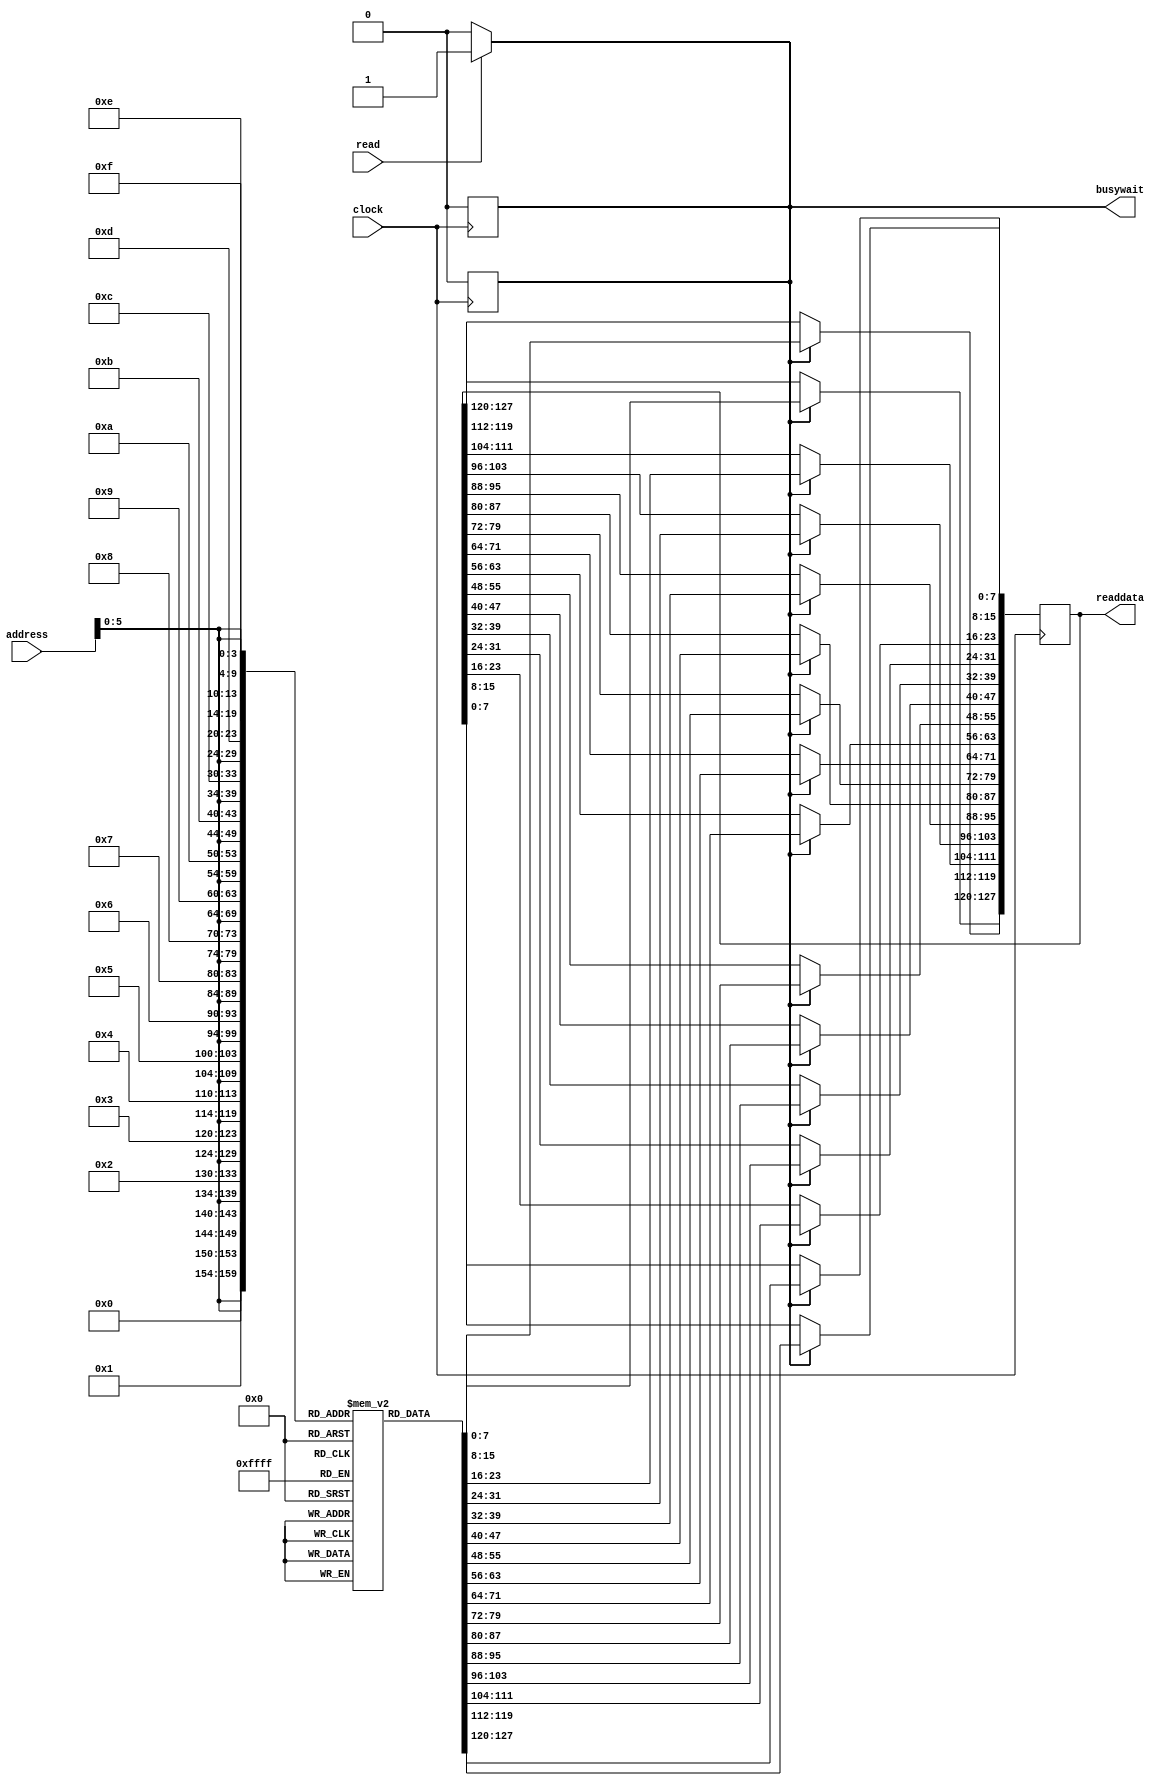
`timescale 1ns/100ps 
module instruction_memory(
    clock,
    read,
    address,
    readdata,
    busywait
);
input               clock;
input               read;
input[27:0]          address;
output reg [127:0]  readdata;
output reg          busywait;

reg readaccess;

//Declare memory array 1024x8-bits 
reg [7:0] memory_array [1023:0];

//Initialize instruction memory
initial
begin

	//$readmemb("../ASSEMBLER/test.s.machine", memory_array);
    busywait = 0;
    readaccess = 0;

    // Sample program given below. You may hardcode your software program here, or load it from a file:
	/*
    {memory_array[10'd3],  memory_array[10'd2],  memory_array[10'd1],  memory_array[10'd0]}  = 32'b00000000101000001000000010010011; 
    {memory_array[10'd7],  memory_array[10'd6],  memory_array[10'd5],  memory_array[10'd4]}  = 32'b00000000111100000000000100010011; 
    {memory_array[10'd11], memory_array[10'd10], memory_array[10'd9],  memory_array[10'd8]}  = 32'b00000001010000000110000110010011; 
    {memory_array[10'd15], memory_array[10'd14], memory_array[10'd13], memory_array[10'd12]} = 32'b00000001100100000000001000010011;
    {memory_array[10'd19], memory_array[10'd18], memory_array[10'd17], memory_array[10'd16]} = 32'b00000000010100000000001010010011; 
    {memory_array[10'd23], memory_array[10'd22], memory_array[10'd21], memory_array[10'd20]} = 32'b00000000001000001000001100110011; 
    {memory_array[10'd27], memory_array[10'd26], memory_array[10'd25], memory_array[10'd24]} = 32'b00000000001100001001001110110011; 
    {memory_array[10'd31], memory_array[10'd30], memory_array[10'd29], memory_array[10'd28]} = 32'b00000000010000000010000000100011; 
	{memory_array[10'd35], memory_array[10'd34], memory_array[10'd33], memory_array[10'd32]} = 32'b01110110010100001000001110110011; 
	{memory_array[10'd39], memory_array[10'd38], memory_array[10'd37], memory_array[10'd36]} = 32'b00000000000000000010001010000011; 
	*/
	/*
	This Instruction set 1 for testing
	No Dta hazzard in this Instruction set there fore no NOPs added
	addi x1 x1 10
	addi x2 x0 15
	ori x3 x0 20
	addi x4 x0 25
	addi x5 x0 5
	add x6 x1 x2
	sll x7 x1 x3
	sw x4 0(x0)
	mul x7 x1 x5
	lw x5 0(x0) 
	*/
	/*{memory_array[10'd3],  memory_array[10'd2],  memory_array[10'd1],  memory_array[10'd0]}  = 32'b00000000101000000000000010010011; 
    {memory_array[10'd7],  memory_array[10'd6],  memory_array[10'd5],  memory_array[10'd4]}  = 32'b00000000101000000110000100010011; 
    {memory_array[10'd11], memory_array[10'd10], memory_array[10'd9],  memory_array[10'd8]}  = 32'b00000000000000000000000000010011; 
    {memory_array[10'd15], memory_array[10'd14], memory_array[10'd13], memory_array[10'd12]} = 32'b00000000000000000000000000010011;
    {memory_array[10'd19], memory_array[10'd18], memory_array[10'd17], memory_array[10'd16]} = 32'b00000000001000001000000110110011; 
    {memory_array[10'd23], memory_array[10'd22], memory_array[10'd21], memory_array[10'd20]} = 32'b00000000001100010001000010010011; 
    {memory_array[10'd27], memory_array[10'd26], memory_array[10'd25], memory_array[10'd24]} = 32'b00000000000000000000000000010011; 
    {memory_array[10'd31], memory_array[10'd30], memory_array[10'd29], memory_array[10'd28]} = 32'b00000000000000000000000000010011; 
	{memory_array[10'd35], memory_array[10'd34], memory_array[10'd33], memory_array[10'd32]} = 32'b01000001111000001000001010110011; 
	{memory_array[10'd39], memory_array[10'd38], memory_array[10'd37], memory_array[10'd36]} = 32'b00000011110000010010000100000011;
	{memory_array[10'd39], memory_array[10'd38], memory_array[10'd37], memory_array[10'd36]} = 32'b00000010001100011010111000100011; 
	{memory_array[10'd39], memory_array[10'd38], memory_array[10'd37], memory_array[10'd36]} = 32'b00000000000000000000000000010011; 
	{memory_array[10'd39], memory_array[10'd38], memory_array[10'd37], memory_array[10'd36]} = 32'b01000000001000001000001000110011; 
	*/
	/*
	addi x1 x0 10
	ori x2 x0 5
	add x3 x1 x2
	slli x1 x2 3
	sub x5 x1 x30
	lw x2 60(x2)
	sw x3 60(x3)
	sub x4 x1 x2
	*/
	{memory_array[10'd3],  memory_array[10'd2],  memory_array[10'd1],  memory_array[10'd0]}  = 32'b00000000010100000000000010010011; 
    {memory_array[10'd7],  memory_array[10'd6],  memory_array[10'd5],  memory_array[10'd4]}  = 32'b00000000010100000110000100010011; 
    {memory_array[10'd11], memory_array[10'd10], memory_array[10'd9],  memory_array[10'd8]}  = 32'b00000000001000001000000110110011; 
    {memory_array[10'd15], memory_array[10'd14], memory_array[10'd13], memory_array[10'd12]} = 32'b00000000001100000010001000100011;
    {memory_array[10'd19], memory_array[10'd18], memory_array[10'd17], memory_array[10'd16]} = 32'b00000000001100000010001000100011;
    {memory_array[10'd23], memory_array[10'd22], memory_array[10'd21], memory_array[10'd20]} = 32'b00000000001100010001000010010011;
    {memory_array[10'd27], memory_array[10'd26], memory_array[10'd25], memory_array[10'd24]} = 32'b00000000000000000000000000010011;
    {memory_array[10'd31], memory_array[10'd30], memory_array[10'd29], memory_array[10'd28]} = 32'b00000000000000000000000000010011;
	{memory_array[10'd35], memory_array[10'd34], memory_array[10'd33], memory_array[10'd32]} = 32'b00000000000000000000000000010011; 
	{memory_array[10'd39], memory_array[10'd38], memory_array[10'd37], memory_array[10'd36]} = 32'b00000000000000000000000000010011;
	{memory_array[10'd43], memory_array[10'd42], memory_array[10'd41], memory_array[10'd40]} = 32'b00000000000000000000000000010011; 
	{memory_array[10'd47], memory_array[10'd46], memory_array[10'd45], memory_array[10'd44]} = 32'b00000000000000000000000000010011; 
	{memory_array[10'd51], memory_array[10'd50], memory_array[10'd49], memory_array[10'd48]} = 32'b00000000000000000000000000010011;
	{memory_array[10'd55], memory_array[10'd54], memory_array[10'd53], memory_array[10'd52]} = 32'b00000000000000000000000000010011;
	/*
	addi x1 x0 5
	ori x2 x0 5
	add x3 x1 x2
	beq x1 x2 8
	bne x1 x3 4
	slli x1 x2 3
	sub x5 x1 x30
	*/

end




//Detecting an incoming memory access
always @(read)
begin
    busywait = (read)? 1 : 0;
    readaccess = (read)? 1 : 0;
end

//Reading
always @(posedge clock)
begin
    if(readaccess)
    begin
        readdata[7:0]     = #40 memory_array[{address,4'b0000}];
        readdata[15:8]    = #40 memory_array[{address,4'b0001}];
        readdata[23:16]   = #40 memory_array[{address,4'b0010}];
        readdata[31:24]   = #40 memory_array[{address,4'b0011}];
        readdata[39:32]   = #40 memory_array[{address,4'b0100}];
        readdata[47:40]   = #40 memory_array[{address,4'b0101}];
        readdata[55:48]   = #40 memory_array[{address,4'b0110}];
        readdata[63:56]   = #40 memory_array[{address,4'b0111}];
        readdata[71:64]   = #40 memory_array[{address,4'b1000}];
        readdata[79:72]   = #40 memory_array[{address,4'b1001}];
        readdata[87:80]   = #40 memory_array[{address,4'b1010}];
        readdata[95:88]   = #40 memory_array[{address,4'b1011}];
        readdata[103:96]  = #40 memory_array[{address,4'b1100}];
        readdata[111:104] = #40 memory_array[{address,4'b1101}];
        readdata[119:112] = #40 memory_array[{address,4'b1110}];
        readdata[127:120] = #40 memory_array[{address,4'b1111}];
        busywait = 0;
        readaccess = 0;
    end
end
 
endmodule